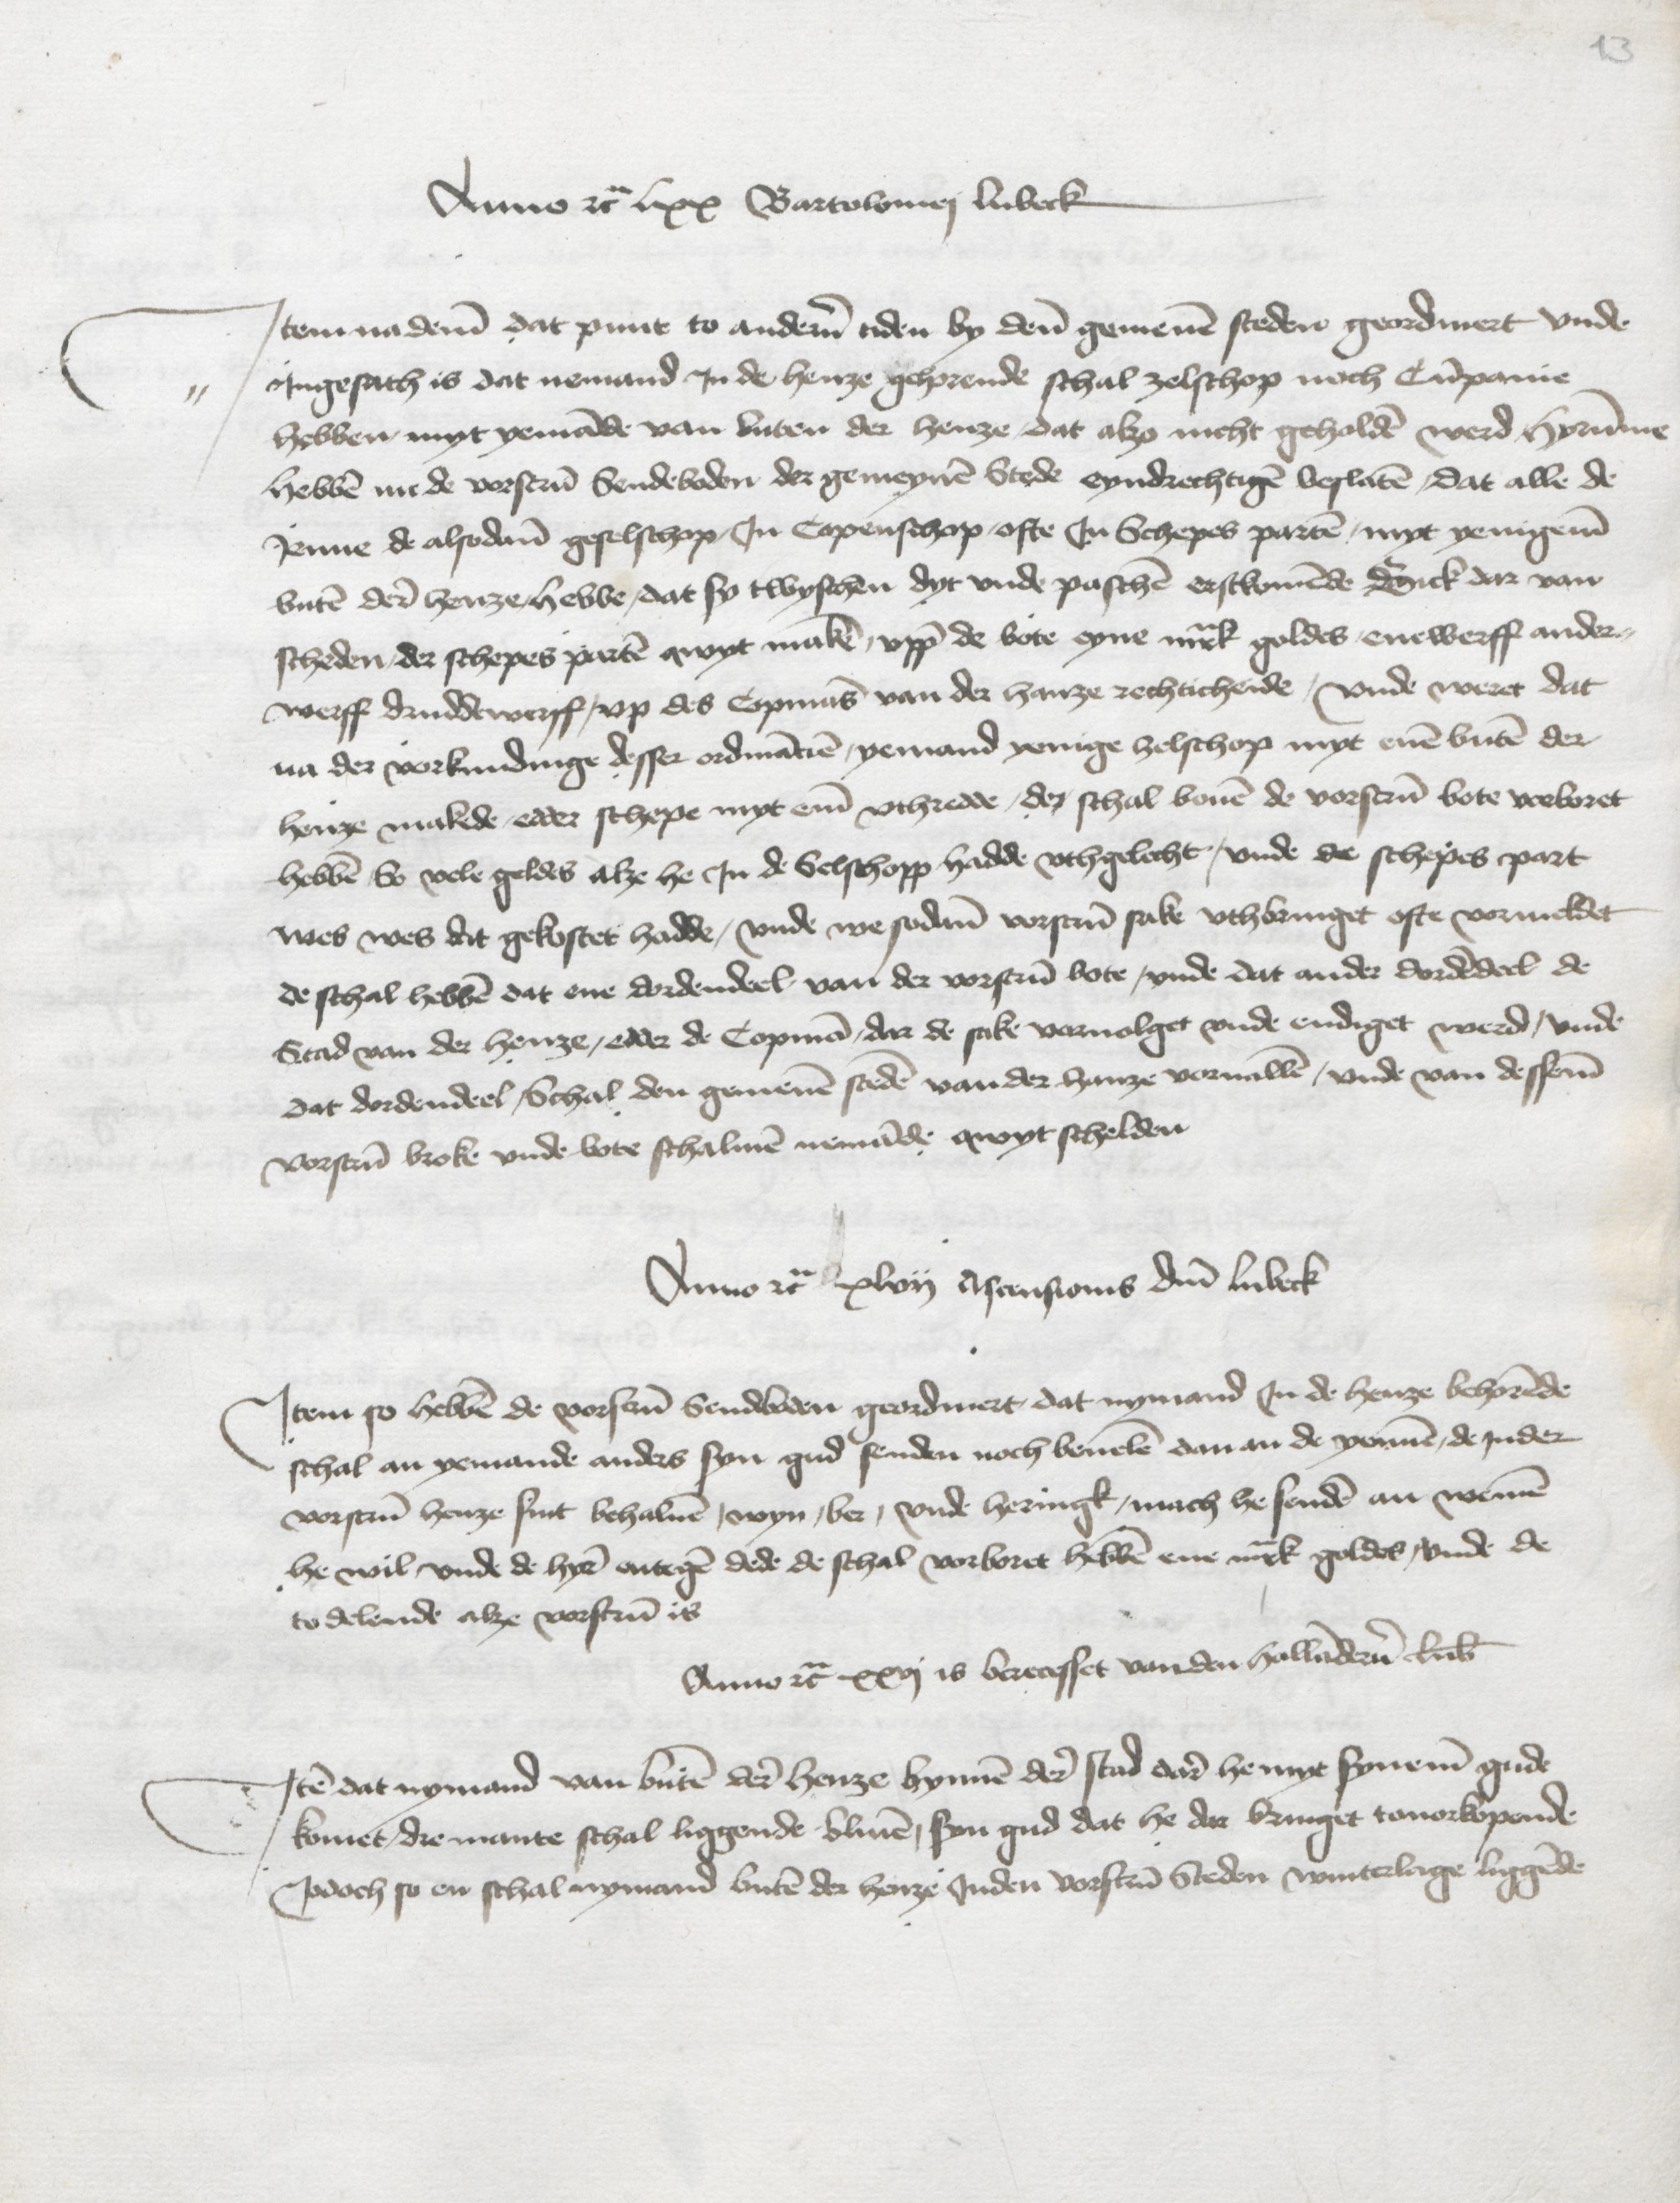
Anno etcetera lxx Bartolomej Lubeck
Jtem na deme dat punt to anderen tiden by dene gemenen steden geordinert vnde
Jngesath is dat nemand Jn de henze gehorende schal zelschop noch Cumpanie
hebben myt yemande van buten der henze dat alzo nicht geholden werd hyrumme
hebben nu de vorscreuen Sendeboden der gemeynen Stede eyndrechtigen beslaten, dat alle de
Jenne de alsodane geselschop Jn Copenschop ofte Jn Schepes parten myt yenigenen
buten derer henze hebbe, dat sy twyschen dyt vnde paschen erstkomende Sick dar van
scheden der schepes parten myt make, vppe de bote eyne mark goldes enewerff ander¬
Werff drudderwerff, vp des Copmans van der hanze rechticheide, vnde weret dat
na der vorkundinge desser ordinancien, yemand yenige zelschop myt enen buten der
henze makede, edder schepe myt eme vthredde, den schal bouen de vorscreuen bote vorboret
hebben, So vele geldes alze he Jn de Selshopp hadde vthgelecht, vnde de schepes part
wes wes dat gekostet hadde, vnde me sodane vorscreuen sake vthbringet ofte vormeldet
de schal hebben dat ene dordendeel, van der vorscreuen bote, vnde dat ander dordendeel de
Stad van der henze, edder de Copman, dar de sake voruolget vnde endiget werd, vnde
dat dordendeel, Schal den gemenen steden vander hanze voruallen, vnde van desseme
vorscreuen broke vnde bote schalmen nemande qwyt schelden

Anno etcetera xlvij Ascensionis domini Lubeck
Jtem so hebben de vorscreuen Sendeboden geordinert, dat nymand Jn de henze behorende
schal an yemande anders syn gud senden noch beuelen dan an de yennen, de Jnder
vorscreuen henze sint behaluen, wyn, ber, vnde heringk, mach he senden an wenen
he wil, vnde de hyre entiegen dede de schal vorboret hebben ene mark goldes, vnde de
to delende alze vorscreuen is

Anno etcetera xxvj is berecesset van den Hollanderen Lrik
Jtem dat nymand van buten der henze bynnen der stad dare he myt synemen gude
komet dre mante schal liggende bliuen, syn gud dat he dar bringet touorkopende
Jodoch so en schal nymand buten der henze Jnden vorscreuen Steden winterlage liggende